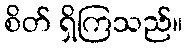
စိတ် ရှိကြသည်။